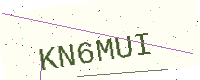
Text: KN6MUI